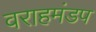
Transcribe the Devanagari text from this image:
वराहमंडप